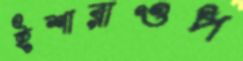
ইশারাওপ